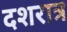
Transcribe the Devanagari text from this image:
दशरात्र